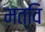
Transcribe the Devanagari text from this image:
मत्वि